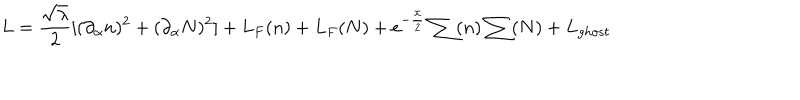
L = \frac { \sqrt { \lambda } } { 2 } [ ( \partial _ { \alpha } n ) ^ { 2 } + ( \partial _ { \alpha } N ) ^ { 2 } ] + L _ { F } ( n ) + L _ { F } ( N ) + e ^ { - \frac { \chi } { 2 } } \sum ( n ) \sum ( N ) + L _ { g h o s t }